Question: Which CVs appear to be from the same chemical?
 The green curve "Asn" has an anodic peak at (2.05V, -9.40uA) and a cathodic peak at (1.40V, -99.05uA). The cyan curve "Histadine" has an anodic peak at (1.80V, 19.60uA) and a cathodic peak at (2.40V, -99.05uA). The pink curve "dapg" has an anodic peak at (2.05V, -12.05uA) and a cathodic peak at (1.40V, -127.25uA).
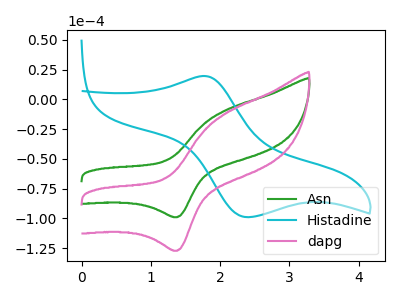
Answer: <think>"Asn" and "Histadine" have at least one peak that do not match. All the peaks in "Asn" have a peak in "dapg" at the same potential. "Histadine" and "dapg" have at least one peak that do not match.
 </think>
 <answer>"Asn" and "dapg" have the same shape and are likely CV's of the same chemical.</answer>
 <eval>"Asn" "dapg"</eval>